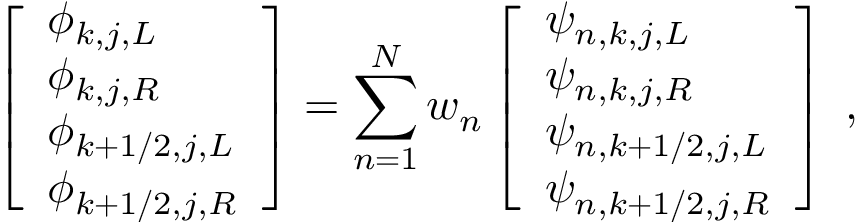
\left[ \begin{array} { l } { \phi _ { k , j , L } } \\ { \phi _ { k , j , R } } \\ { \phi _ { k + 1 / 2 , j , L } } \\ { \phi _ { k + 1 / 2 , j , R } } \end{array} \right] = \sum _ { n = 1 } ^ { N } w _ { n } \left[ \begin{array} { l } { \psi _ { n , k , j , L } } \\ { \psi _ { n , k , j , R } } \\ { \psi _ { n , k + 1 / 2 , j , L } } \\ { \psi _ { n , k + 1 / 2 , j , R } } \end{array} \right] \; ,